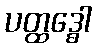
ပတ္ထဒ္ဓေါ